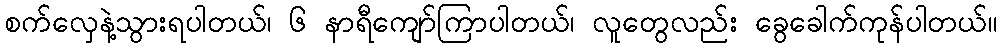
စက်လှေနဲ့သွားရပါတယ်၊ ၆ နာရီကျော်ကြာပါတယ်၊ လူတွေလည်း ခွေခေါက်ကုန်ပါတယ်။